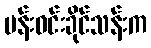
မန်းဝင်းခိုင်သန်းက